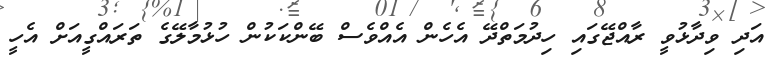
އަދި ވިދާޅުވީ ރާއްޖޭގައި ހިދުމަތްދޭ އެހެން އެއްްވެސް ބޭންކަކުން ހުޅުމާލޭގެ ތަރައްގީއަށް އެހީ